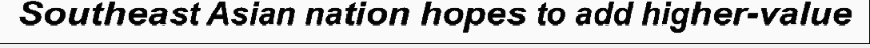
Southeast Asian nation hopes to add higher-value